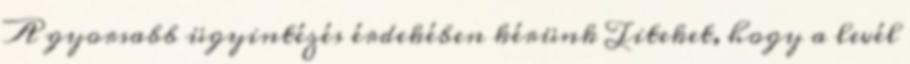
A gyorsabb ügyintézés érdekében kérünk Titeket, hogy a levél